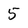
Character: 5